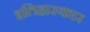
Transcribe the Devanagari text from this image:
इतिहास्कार